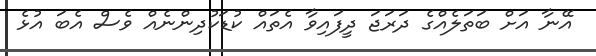
އޭނާ އަށް ބަތަލެއްގެ ދަރަޖަ ދީފައިވާ އެތައް ކުޑަކުދިންނެއް ވެސް އެބަ އުޅެ